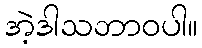
အဲ့ဒါသဘာဝပါ။